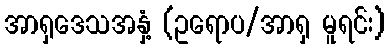
အာရှဒေသအနှံ့ (ဥရောပ/အာရှ မူရင်း)